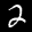
Label: 2